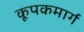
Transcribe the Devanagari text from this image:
कूपकमार्ग